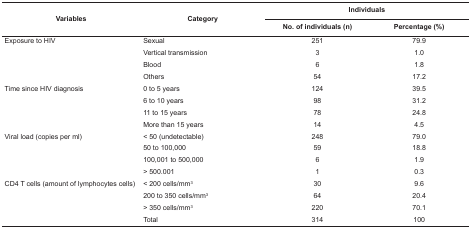
<table><thead><tr><td rowspan="2"><b>Variables</b></td><td rowspan="2"><b>Category</b></td><td colspan="2"><b>Individuals</b></td></tr><tr><td><b>No. of individuals (n)</b></td><td><b>Percentage (%)</b></td></tr></thead><tbody><tr><td rowspan="4"> Exposure to HIV</td><td> Sexual</td><td> 251</td><td> 79.9</td></tr><tr><td> Vertical transmission</td><td> 3</td><td> 1.0</td></tr><tr><td> Blood</td><td> 6</td><td> 1.8</td></tr><tr><td> Others</td><td> 54</td><td> 17.2</td></tr><tr><td rowspan="4"> Time since HIV diagnosis</td><td> 0 to 5 years</td><td> 124</td><td> 39.5</td></tr><tr><td> 6 to 10 years</td><td> 98</td><td> 31.2</td></tr><tr><td> 11 to 15 years</td><td> 78</td><td> 24.8</td></tr><tr><td> More than 15 years</td><td> 14</td><td> 4.5</td></tr><tr><td rowspan="4"> Viral load (copies per ml)</td><td> &lt; 50 (undetectable)</td><td> 248</td><td> 79.0</td></tr><tr><td> 50 to 100,000</td><td> 59</td><td> 18.8</td></tr><tr><td> 100,001 to 500,000</td><td> 6</td><td> 1.9</td></tr><tr><td> &gt; 500.001</td><td> 1</td><td> 0.3</td></tr><tr><td rowspan="4"> CD4 T cells (amount of lymphocytes cells)</td><td> &lt; 200 cells/mm<sup>3</sup></td><td> 30</td><td> 9.6</td></tr><tr><td> 200 to 350 cells/mm<sup>3</sup></td><td> 64</td><td> 20.4</td></tr><tr><td> &gt; 350 cells/mm<sup>3</sup></td><td> 220</td><td> 70.1</td></tr><tr><td> Total</td><td> 314</td><td> 100</td></tr></tbody></table>